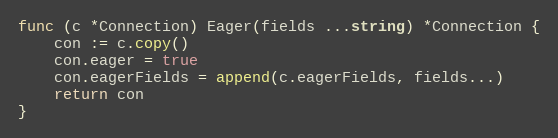
Language: Go
func (c *Connection) Eager(fields ...string) *Connection {
	con := c.copy()
	con.eager = true
	con.eagerFields = append(c.eagerFields, fields...)
	return con
}